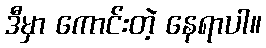
ဒီမှာ ကောင်းတဲ့ နေရာပါ။